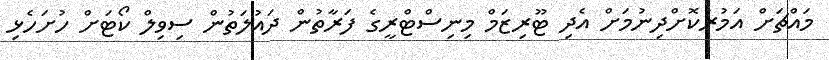
މައްޗަށް އަމުރުކޮށްދިނުމަށް އެދި ޓޫރިޒަމް މިނިސްޓްރީގެ ފަރާތުން ދައުލަތުން ސިވިލް ކޯޓަށް ހުށަހެޅި